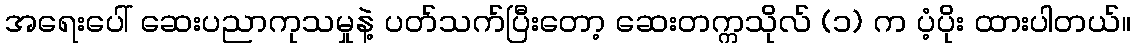
အရေးပေါ် ဆေးပညာကုသမှုနဲ့ ပတ်သက်ပြီးတော့ ဆေးတက္ကသိုလ် (၁) က ပံ့ပိုး ထားပါတယ်။